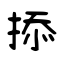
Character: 掭